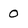
Character: O